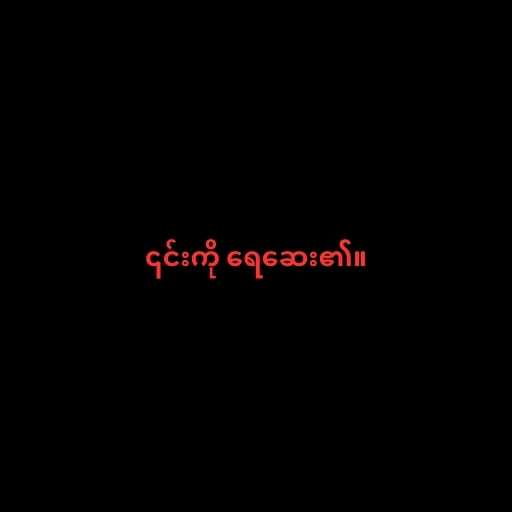
၎င်းကို ရေဆေး၏။